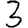
Digit: 3